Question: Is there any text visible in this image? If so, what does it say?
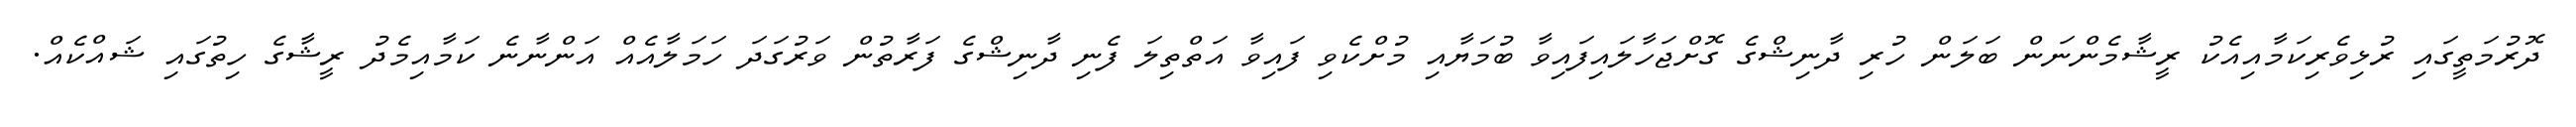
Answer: ދޮރުމަތީގައި ރުޅިވެރިކަމާއިއެކު ރީޝާމެންނަން ބަލަން ހުރި ދާނިޝްގެ ގޮށްޖަހާލައިފައިވާ ބުމަޔާއި މުށްކެވި ފައިވާ އަތްތިލަ ފެނި ދާނިޝްގެ ފަރާތުން ވަރުގަދަ ހަމަލާއެއް އަންނާނެ ކަމާއިމެދު ރީޝާގެ ހިތުގައި ޝައްކެއް.